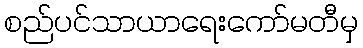
စည်ပင်သာယာရေးကော်မတီမှ